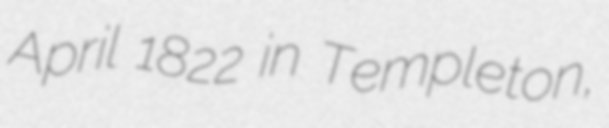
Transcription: April 1822 in Templeton,